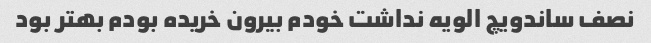
نصف ساندویچ الویه نداشت خودم بیرون خریده بودم بهتر بود